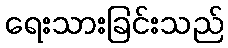
ရေးသားခြင်းသည်